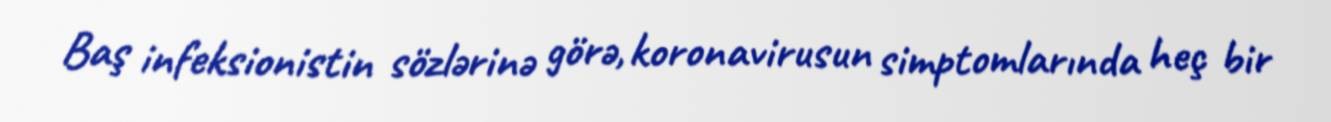
Baş infeksionistin sözlərinə görə, koronavirusun simptomlarında heç bir